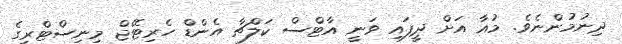
ދިނުމުންނެވެ. މުއާ އަށް ދީފައި ވަނީ އާޓްސް ކަލްޗާ އެންޑް ހެރިޓޭޖް މިނިސްޓްރީގެ